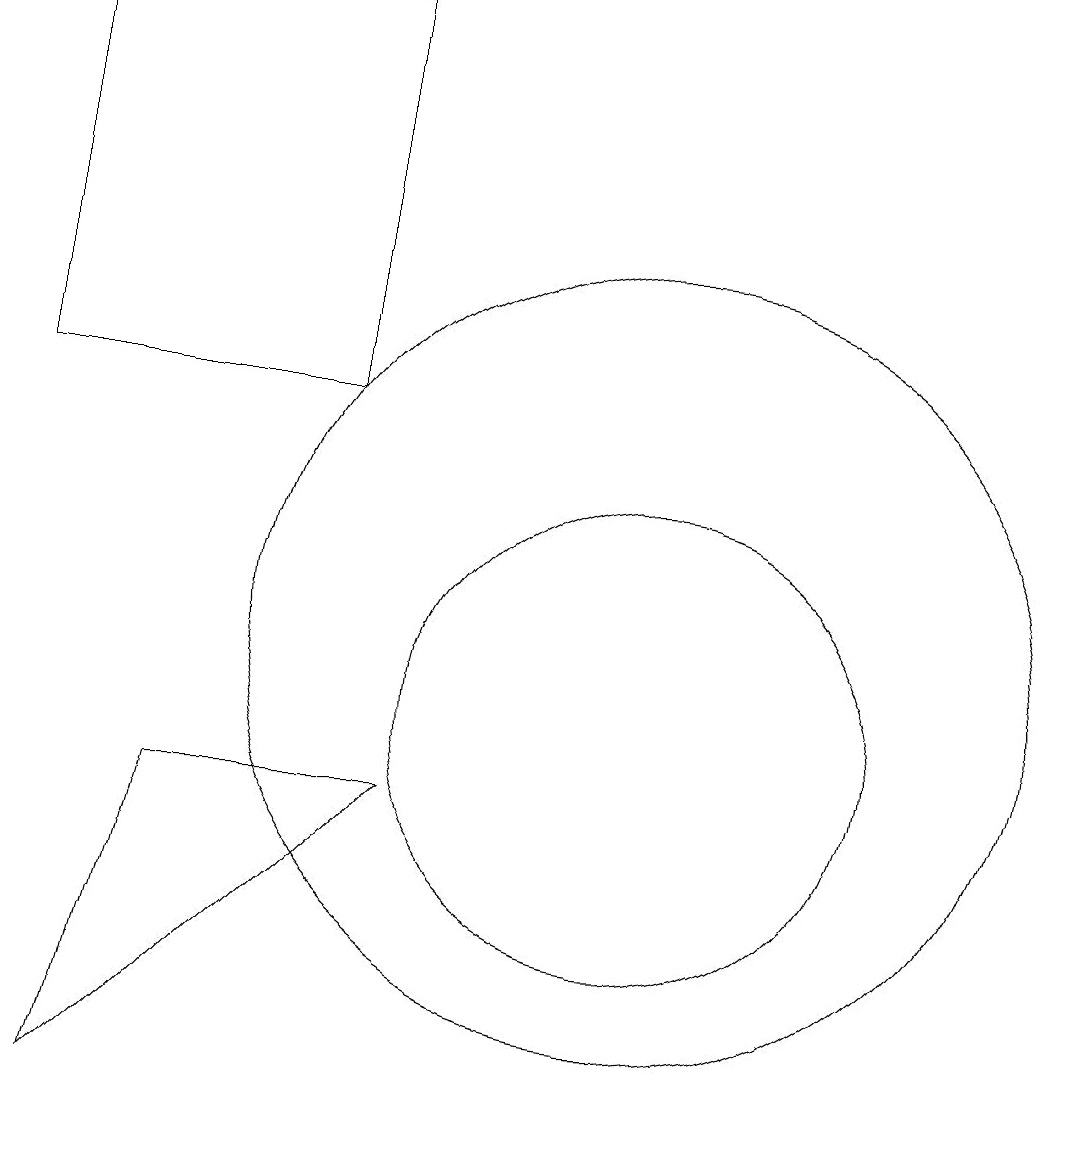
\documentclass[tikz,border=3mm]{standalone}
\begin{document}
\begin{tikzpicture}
\draw (4,9) -- (3,5) -- (7,9) -- cycle;
\draw (10,10) circle (3);
\draw (2,14) rectangle (6,19);
\draw (10,11) circle (5);
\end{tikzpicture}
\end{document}